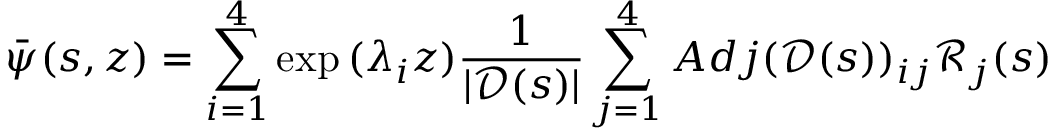
\bar { \psi } ( s , z ) = \sum _ { i = 1 } ^ { 4 } \exp { ( \lambda _ { i } z ) } \frac { 1 } { | \mathscr { D } ( s ) | } \sum _ { j = 1 } ^ { 4 } A d j ( \mathscr { D } ( s ) ) _ { i j } \mathscr { R } _ { j } ( s )